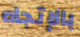
بالإتجاه